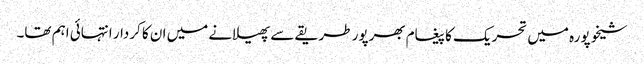
شیخوپورہ میں تحریک کا پیغام بھرپور طریقے سے پھیلانے میں ان کا کردار انتہائی اہم تھا۔